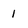
Character: 1